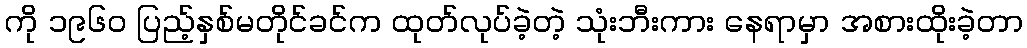
ကို ၁၉၆၀ ပြည့်နှစ်မတိုင်ခင်က ထုတ်လုပ်ခဲ့တဲ့ သုံးဘီးကား နေရာမှာ အစားထိုးခဲ့တာ